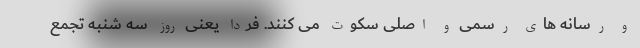
و رسانه های رسمی و اصلی سکوت می کنند. فردا یعنی روز سه شنبه تجمع